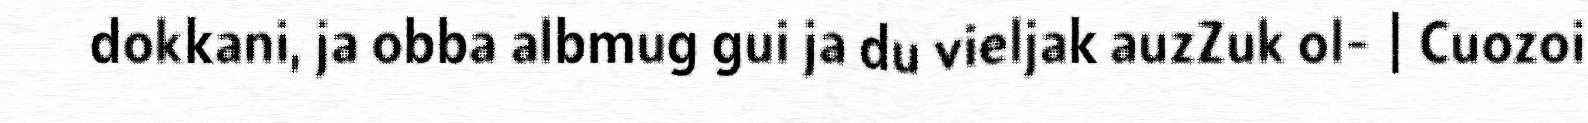
dokkani, ja obba albmug gui ja du vieljak auzZuk ol- | Cuozoi